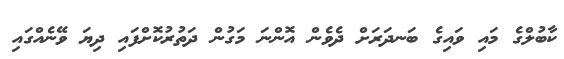
ކާބުލްގެ މައި ވައިގެ ބަނދަރަށް ދެވެން އޮންނަ މަގުން ދަތުރުކޮށްފައި ދިޔަ ވޭނެއްގައި